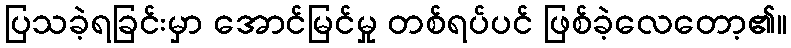
ပြသခဲ့ရခြင်းမှာ အောင်မြင်မှု တစ်ရပ်ပင် ဖြစ်ခဲ့လေတော့၏။